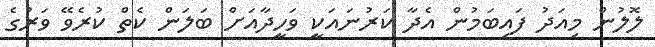
ލޮލުން މިއަދު ފައިބަމުން އެދާ ކަރުނައަކީ ވަހީދާއަށް ބަލަން ކެތް ކުރެވޭ ވަރުގެ